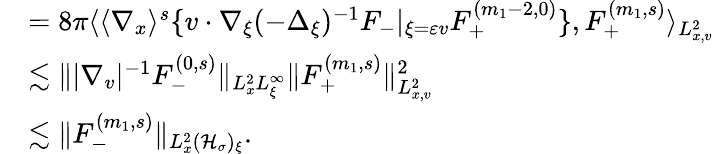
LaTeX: \begin{array}{rl}&{=8\pi\langle\langle\nabla_{x}\rangle^{s}\{ v\cdot\nabla_{\xi}(-\Delta_{\xi})^{-1}F_{-}|_{\xi=\varepsilon v}F_{+}^{(m_{1}-2,0)}\} ,F_{+}^{(m_{1},s)}\rangle_{L_{x,v}^{2}}}\\ &{\lesssim\| |\nabla_{v}|^{-1}F_{-}^{(0,s)}\| _{L_{x}^{2}L_{\xi}^{\infty}}\| F_{+}^{(m_{1},s)}\| _{L_{x,v}^{2}}^{2}}\\ &{\lesssim\| F_{-}^{(m_{1},s)}\| _{L_{x}^{2}(\mathcal H_{\sigma})_{\xi}}.}\end{array}